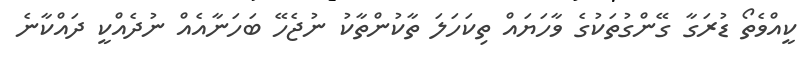
ކީއްވެތޯ ޑުރަގާ ގޭންގުތަކުގެ ވާހަޔައް ތިކަހަލަ ތާކުންތާކު ނުޖެހޭ ބަހަނާއެއް ނުދެއްކީ ދައްކާނެ